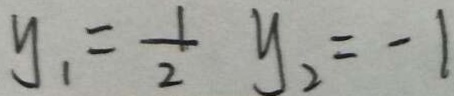
y _ { 1 } = \frac { 1 } { 2 } y _ { 2 } = - 1